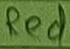
Text: Red